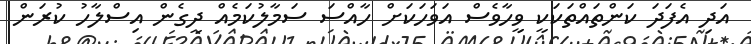
އަދި އެފަދަ ކަންތައްތަކަކީ ވީހާވެސް އަވަހަކަށް ހާއްސަ ސަމާލުކަމެއް ދީގެން އިސްލާހު ކުރަން